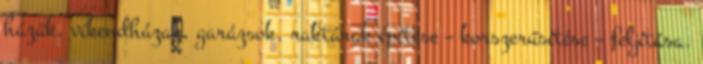
házak, víkendházak, garázsok, raktárak építése – korszerűsítése – feljítása.